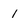
Character: 1